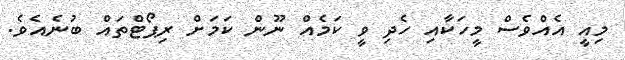
މިއީ އެއްވެސް މީހަކާއި ހެދި ވީ ކަމެއް ނޫން ކަމަށް ރިޕޯޓްތައް ބުނެއެވެ.